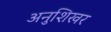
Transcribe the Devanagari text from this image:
अनुशिखर